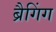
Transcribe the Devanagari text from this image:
ब्रैगिंग